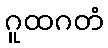
ဂူထဂတံ